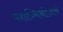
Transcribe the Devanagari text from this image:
प्लाज्मिनोजन